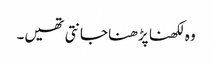
وہ لکھنا پڑھنا جانتی تھیں۔